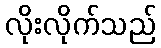
လိုးလိုက်သည်